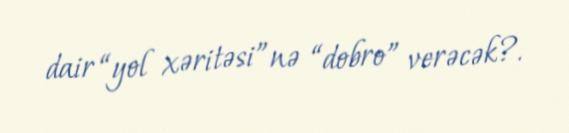
dair “yol xəritəsi”nə “dobro” verəcək?.